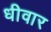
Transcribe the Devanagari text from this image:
धीवार